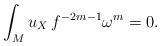
LaTeX: \begin{align*}\int_M u_X\, f^{-2m-1}\omega^m = 0.\end{align*}